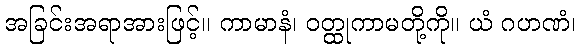
အခြင်းအရာအားဖြင့်။ ကာမာနံ၊ ဝတ္ထုကာမတို့ကို။ ယံ ဂဟဏံ၊